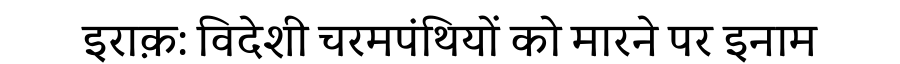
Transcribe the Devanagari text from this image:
इराक़: विदेशी चरमपंथियों को मारने पर इनाम